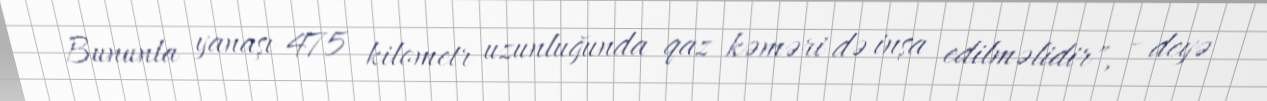
Bununla yanaşı 475 kilometr uzunluğunda qaz kəməri də inşa edilməlidir", - deyə